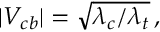
| V _ { c b } | = \sqrt { \lambda _ { c } / \lambda _ { t } } \, ,